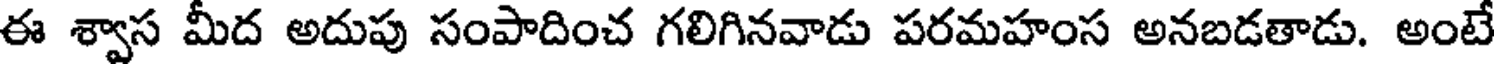
ఈ శ్వాస మీద అదుపు సంపాదించ గలిగినవాడు పరమహంస అనబడతాడు. అంటే